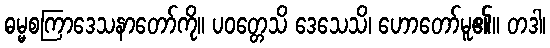
ဓမ္မစကြာဒေသနာတော်ကို။ ပဝတ္တေသိ ဒေသေသိ၊ ဟောတော်မူ၏။ တဒါ၊